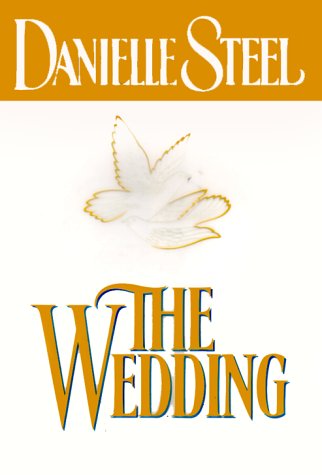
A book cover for The Wedding; Danielle Steel; Literature & Fiction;